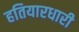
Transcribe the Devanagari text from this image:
हतियारधारी